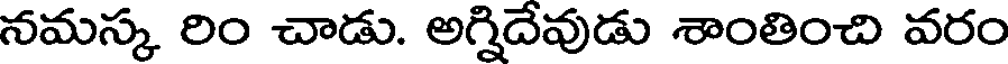
నమస్క రిం చాడు. అగ్నిదేవుడు శాంతించి వరం